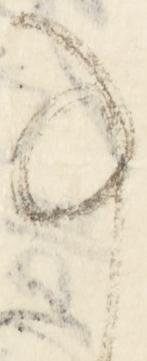
事